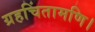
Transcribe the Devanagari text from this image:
ग्रहचिंतामणि।